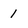
Character: 1